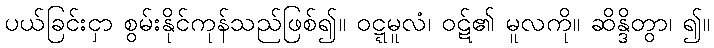
ပယ်ခြင်းငှာ စွမ်းနိုင်ကုန်သည်ဖြစ်၍။ ဝဋ္ဋမူလံ၊ ဝဋ်၏ မူလကို။ ဆိန္ဒိတွာ၊ ၍။